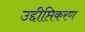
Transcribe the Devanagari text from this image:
उद्दीप्तिकरण